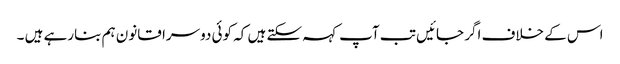
اس کے خلاف اگر جائیں تب آپ کہہ سکتے ہیں کہ کوئی دوسرا قانون ہم بنارہے ہیں ۔